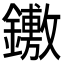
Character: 𨯋